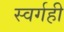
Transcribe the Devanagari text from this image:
स्वर्गही